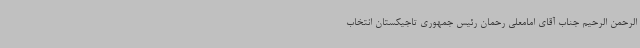
الرحمن الرحیم جناب آقای امامعلی رحمان رئیس جمهوری تاجیکستان انتخاب